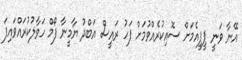
އޭނާ ވަނީ ޕީޕީއެމަށް ސޮއިކުރެއްވުމަށް ފަހު ރައީސް އަބްދު ޔާމީނާ ފޯމް ހަވާލުކުރައްވައިފަ